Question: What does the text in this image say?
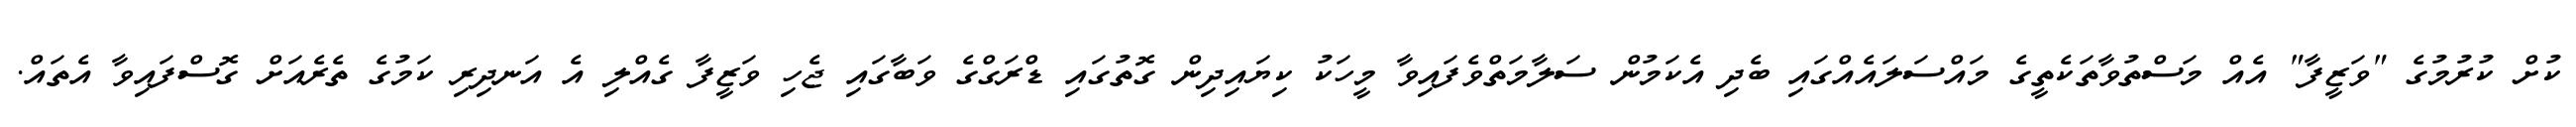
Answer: ކުށް ކުރުމުގެ "ވަޒީފާ" އެއް މަސްތުވާތަކެތީގެ މައްސަލައެއްގައި ބެދި އެކަމުން ސަލާމަތްވެފައިވާ މީހަކު ކިޔައިދިން ގޮތުގައި ޑްރަގްގެ ވަބާގައި ޖެހި ވަޒީފާ ގެއްލި އެ އަނދިރި ކަމުގެ ތެރެއަށް ގޮސްފައިވާ އެތައް.